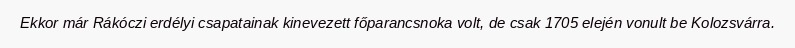
Ekkor már Rákóczi erdélyi csapatainak kinevezett főparancsnoka volt, de csak 1705 elején vonult be Kolozsvárra.